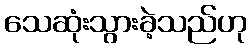
သေဆုံးသွားခဲ့သည်ဟု